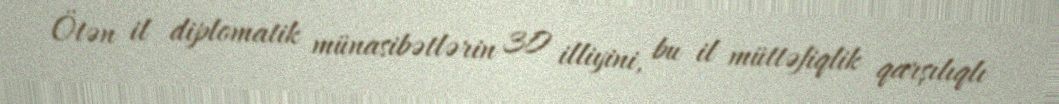
Ötən il diplomatik münasibətlərin 30 illiyini, bu il müttəfiqlik qarşılıqlı